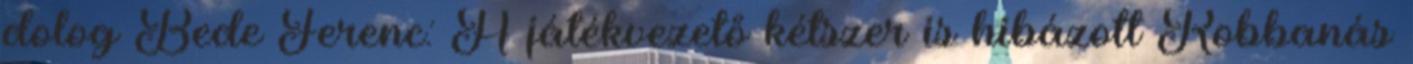
dolog Bede Ferenc: A játékvezető kétszer is hibázott Robbanás